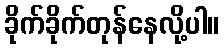
ခိုက်ခိုက်တုန်နေလို့ပါ။